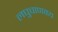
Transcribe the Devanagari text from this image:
लघुचाणक्य